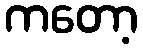
ကတော့